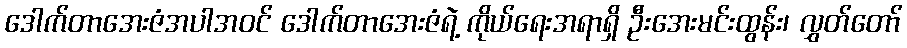
ဒေါက်တာအေးဇံအပါအဝင် ဒေါက်တာအေးဇံရဲ့ ကိုယ်ရေးအရာရှိ ဦးအေးမင်းထွန်း၊ လွှတ်တော်